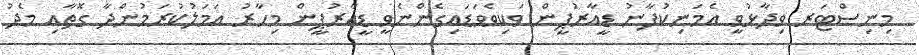
މިނިސްޓަރ ވިދާޅުވީ އެމަނިކުފާނު ޑީއާރުޕީން ވަކިވެވަޑައިގެންނެވީ ޑީއާރުޕީން މިހާރު އަމަލުކުރަމުންދާ ގޮތާއި މެދު